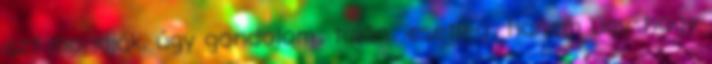
azt mondják, úgy gondolom., talán., esetleg., hanem úgy, hogy